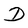
Character: D